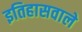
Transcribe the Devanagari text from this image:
इतिहासवाले